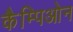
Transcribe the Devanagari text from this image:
कैम्पिओन